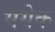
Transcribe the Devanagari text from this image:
मयेक